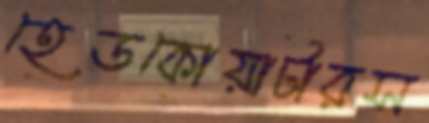
হেডকোয়ার্টারস